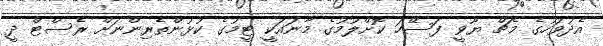
އެދުވަހުގެ މެޗް ޔޫވީ ފަސޭހަ ކޮށްލުމުގެ މާނައަކީ ޓީމުގެ ކުޅުންތެރިންނަށް ރެސްޓް ދީ